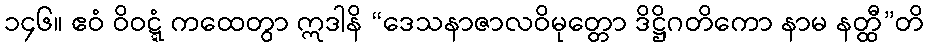
၁၄၆။ ဧဝံ ဝိဝဋ္ဋံ ကထေတွာ ဣဒါနိ “ဒေသနာဇာလဝိမုတ္တော ဒိဋ္ဌိဂတိကော နာမ နတ္ထီ”တိ